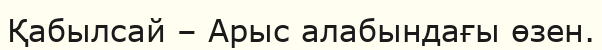
Қабылсай – Арыс алабындағы өзен.